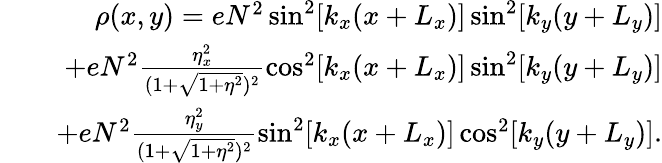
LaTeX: \begin{array}{rlr}&{}&{\rho(x,y)=eN^{2}\sin^{2}[k_{x}(x+L_{x})]\sin^{2}[k_{y}(y+L_{y})]}\\ &{}&{+eN^{2}\frac{\eta_{x}^{2}}{(1+\sqrt{1+\eta^{2}})^{2}}\cos^{2}[k_{x}(x+L_{x})]\sin^{2}[k_{y}(y+L_{y})]}\\ &{}&{+eN^{2}\frac{\eta_{y}^{2}}{(1+\sqrt{1+\eta^{2}})^{2}}\sin^{2}[k_{x}(x+L_{x})]\cos^{2}[k_{y}(y+L_{y})].}\end{array}